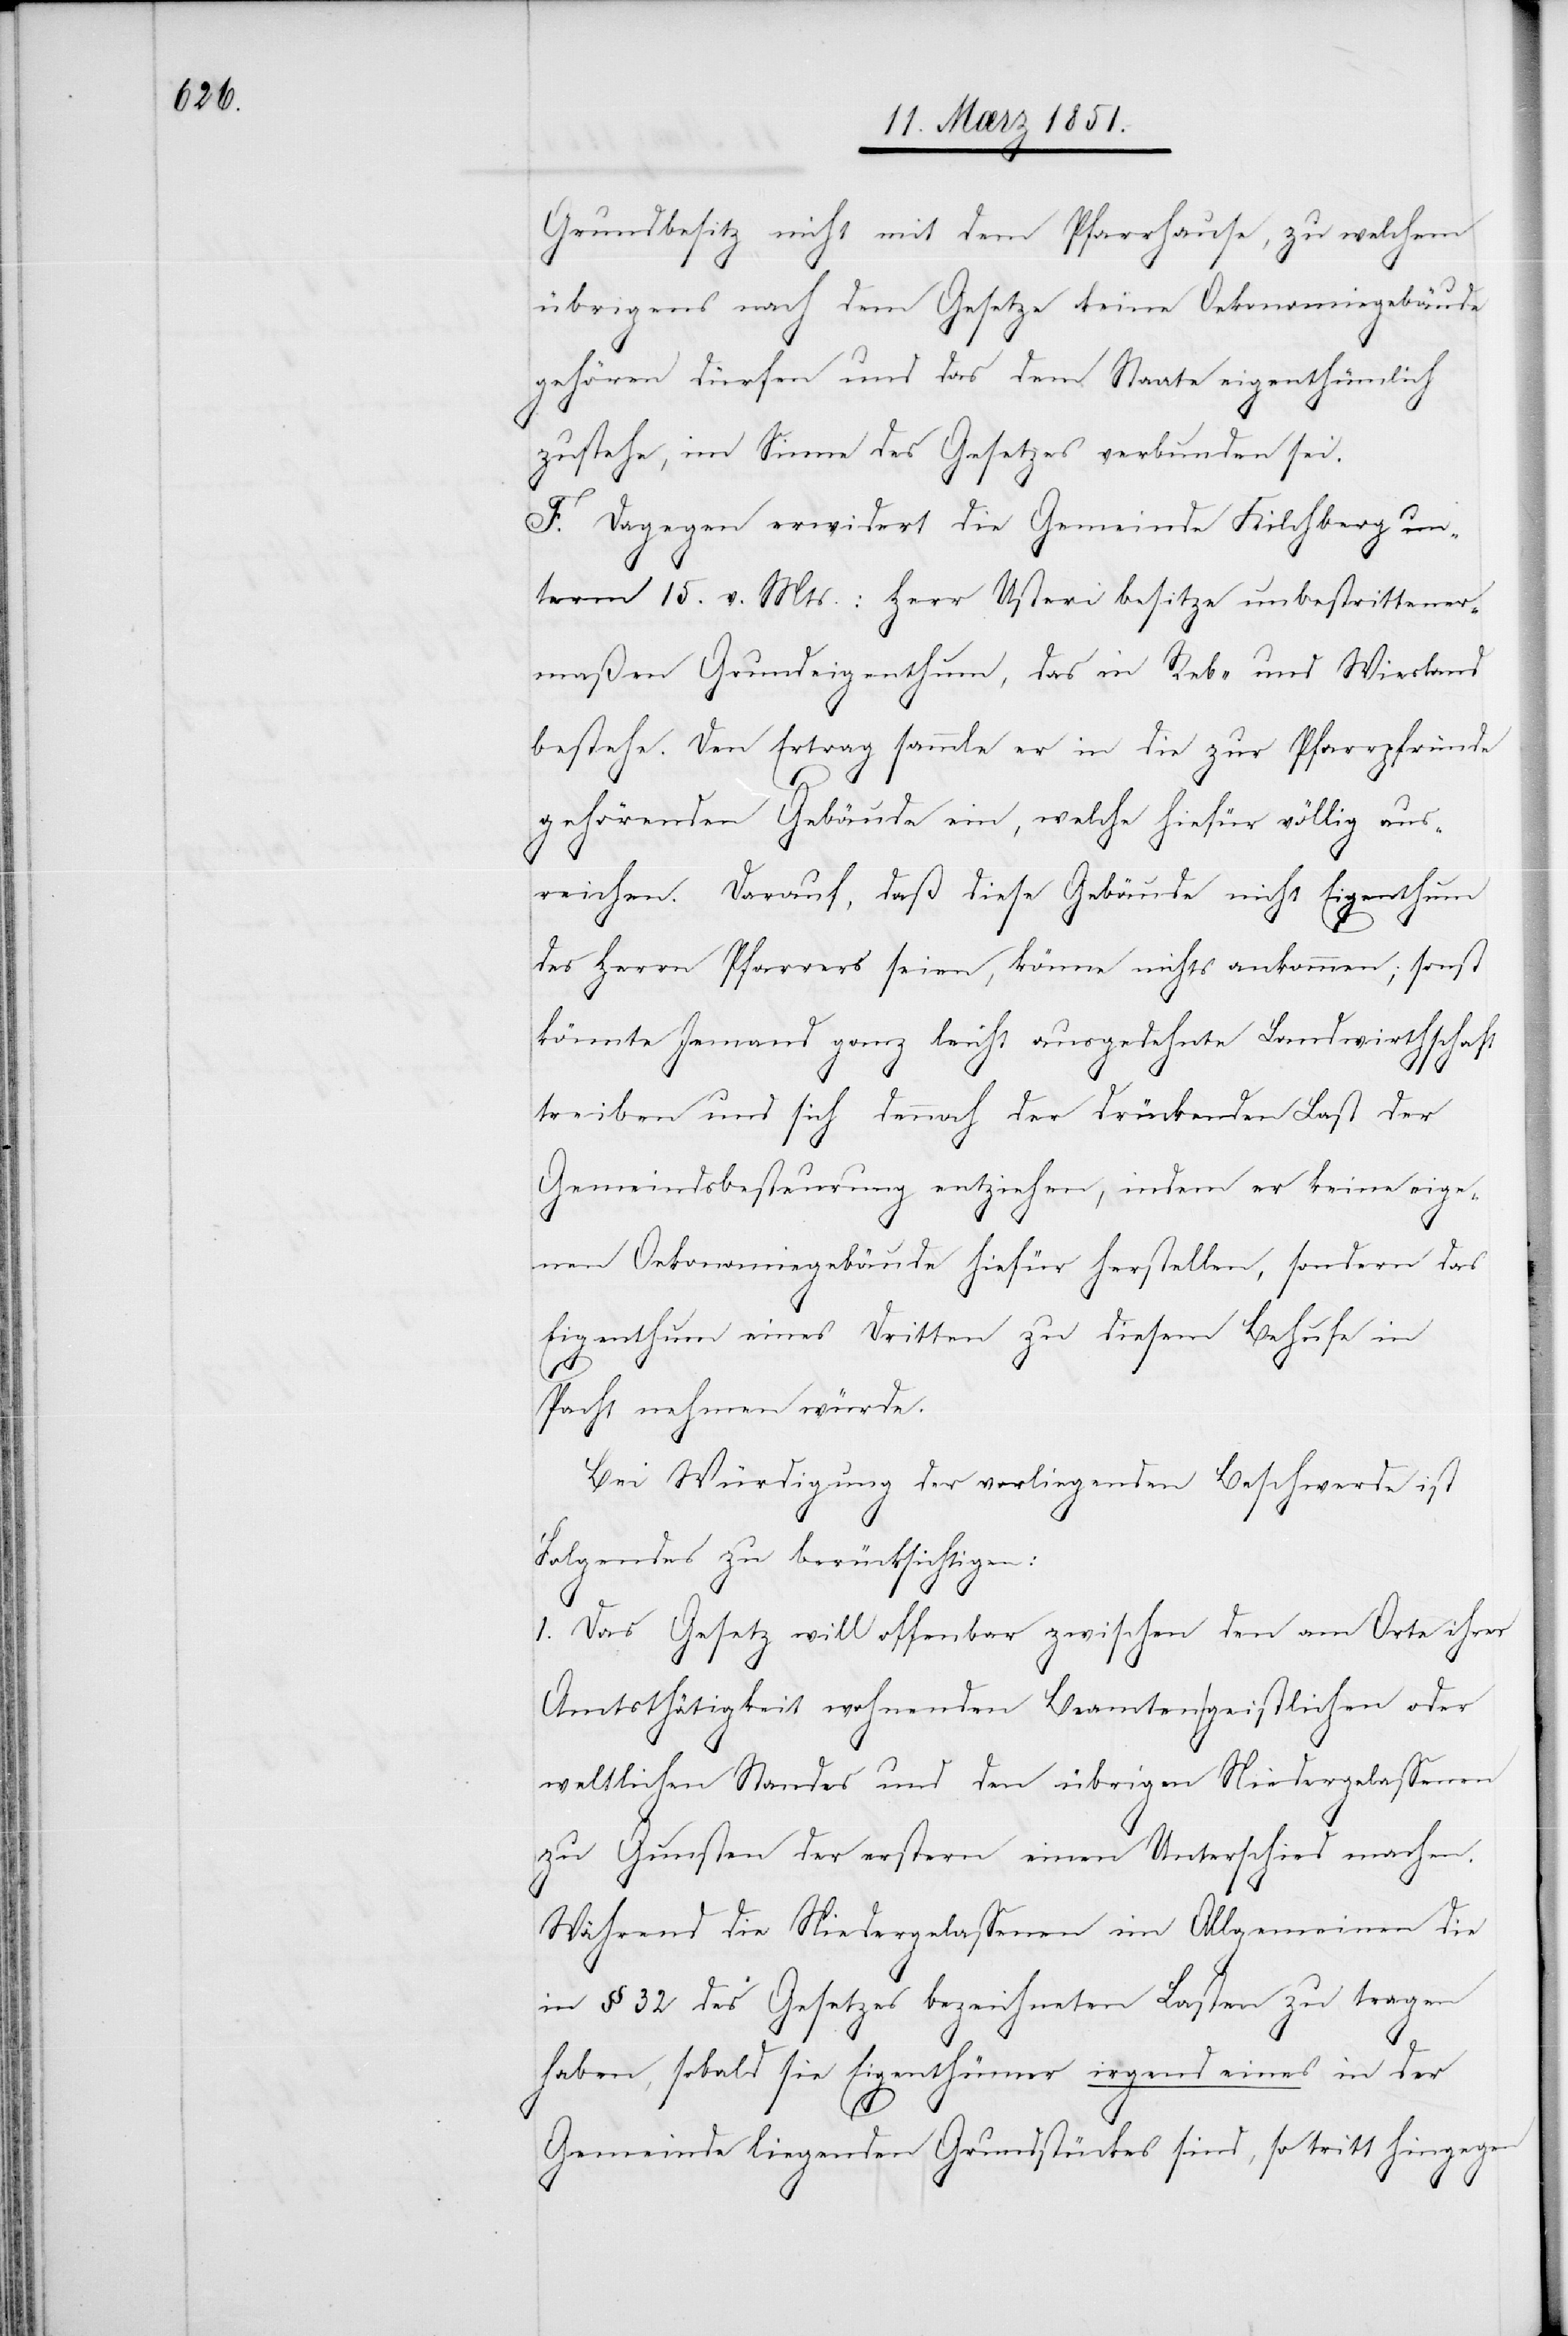
Grundbesitz nicht mit dem Pfarrhause, zu welchem
übrigens nach dem Gesetze keine Oekonomiegebäude
gehören dürfen und das dem Staate eigenthümlich
zustehe, im Sinne des Gesetzes verbunden sei.
F. Dagegen erwidert die Gemeinde Kilchberg un¬
term 15. v. Mts.: Herr Usteri besitze unbestrittener¬
maßen Grundeigenthum, das in Reb- und Wiesland
bestehe. Den Ertrag sammle er in die zur Pfarrpfründe
gehörenden Gebäude ein, welche hiefür völlig aus¬
reichen. Darauf, daß diese Gebäude nicht Eigenthum
des Herrn Pfarrers seien, könne nichts ankommen; sonst
könnte Jemand ganz leicht ausgedehnte Landwirthschaft
treiben und sich dennoch der drückenden Last der
Gemeindsbesteurung entziehen, indem er keine eige¬
nen Oekonomiegebäude hiefür herstellen, sondern das
Eigenthum eines Dritten zu diesem Behufe in
Pacht nehmen würde.
Bei Würdigung der vorliegenden Beschwerde ist
Folgendes zu berücksichtigen:
1. Das Gesetz will offenbar zwischen den am Orte ihrer
Amtsthätigkeit wohnenden Beamten geistlichen oder
weltlichen Standes und den übrigen Niedergelassenen
zu Gunsten der erstern einen Unterschied machen.
Während die Niedergelassenen im Allgemeinen die
in § 32 des Gesetzes bezeichneten Lasten zu tragen
haben, sobald sie Eigenthümer irgend eines in der
Gemeinde liegenden Grundstückes sind, so tritt hingegen